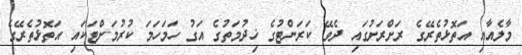
މާލެއާއި އަތޮޅުތެރޭގެ ރަށްރަށުގައި ދެވޭ ކަރަންޓުގެ ޚިދުމަތުގެ އަގު ހަމަހަމަ ކުރުމަށްޓަކައި އަތޮޅުތެރޭގެ